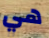
هي